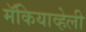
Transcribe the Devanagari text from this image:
मॅकियाव्हेली